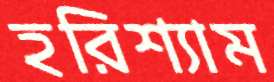
হরিশ্যাম